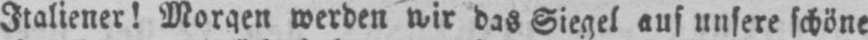
Italiener! Morgen werden wir das Siegel auf unsere schöne